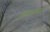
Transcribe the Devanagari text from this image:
आकारजनन